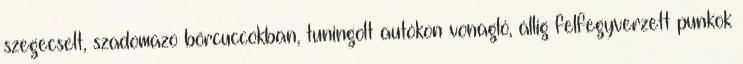
szegecselt, szadomazo bőrcuccokban, tuningolt autókon vonagló, állig felfegyverzett punkok